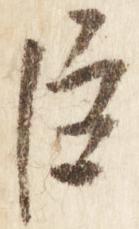
臣